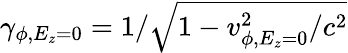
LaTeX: \gamma_{\phi,E_{z}=0}=1/\sqrt{1-v_{\phi,E_{z}=0}^{2}/c^{2}}